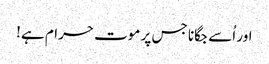
اور اُسے جگانا جس پر موت حرام ہے!